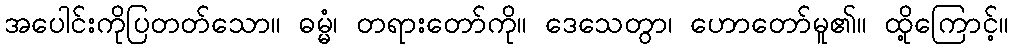
အပေါင်းကိုပြတတ်သော။ ဓမ္မံ၊ တရားတော်ကို။ ဒေသေတွာ၊ ဟောတော်မူ၏။ ထို့ကြောင့်။